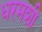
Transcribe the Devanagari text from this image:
धरमशी